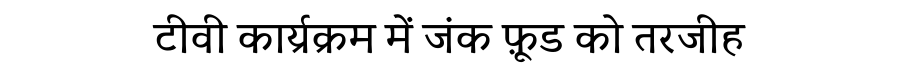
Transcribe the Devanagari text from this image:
टीवी कार्य्रक्रम में जंक फ़ूड को तरजीह